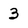
Character: 3